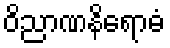
ဝိညာဏနိရောဓံ